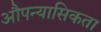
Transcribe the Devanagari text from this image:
औपन्यासिकता